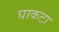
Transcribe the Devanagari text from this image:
घाकटा